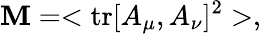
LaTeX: \mathbf{M}=<\mathrm{{tr}}[A_{\mu},A_{\nu}]^{2}>,